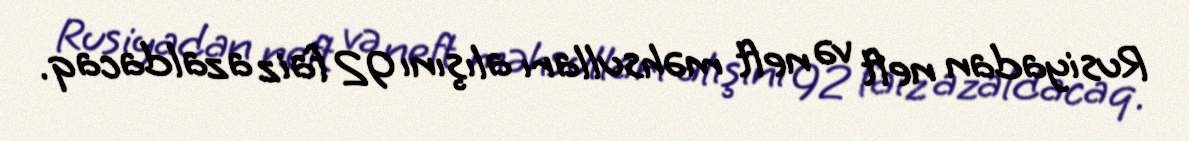
Rusiyadan neft və neft məhsulları alışını 92 faiz azaldacaq.